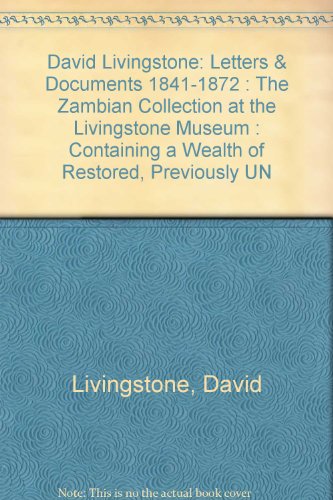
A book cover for David Livingstone: Letters & Documents 1841-1872 : The Zambian Collection at the Livingstone Museum : Containing a Wealth of Restored, Previously UN; David Livingstone; Travel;